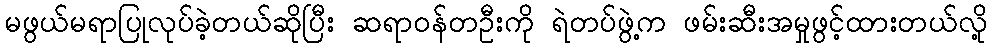
မဖွယ်မရာပြုလုပ်ခဲ့တယ်ဆိုပြီး ဆရာဝန်တဦးကို ရဲတပ်ဖွဲ့က ဖမ်းဆီးအမှုဖွင့်ထားတယ်လို့